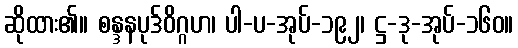
ဆိုထား၏။ စန္ဒနပုဒ်ဝိဂ္ဂဟ၊ ပါ-ပ-အုပ်-၁၉၂၊ ဋ္ဌ-ဒု-အုပ်-၁၆၀။